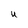
Character: U